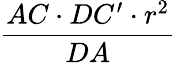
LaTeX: \frac{AC\cdot DC^{\prime}\cdot r^{2}}{DA}